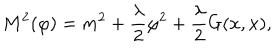
M ^ { 2 } ( \varphi ) = m ^ { 2 } + \frac { \lambda } { 2 } \varphi ^ { 2 } + \frac { \lambda } { 2 } G ( x , x ) ,